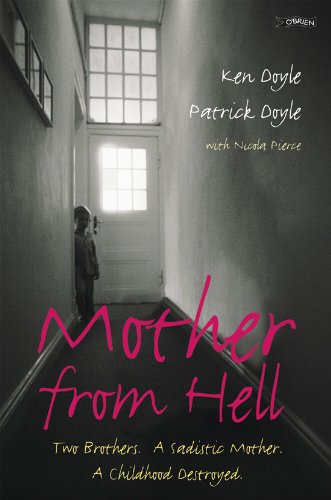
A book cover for Mother From Hell: Two Brothers, a Sadistic Mother, a Childhood Destroyed.; Kenneth M. Doyle; Biographies & Memoirs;